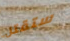
ستقتل